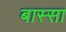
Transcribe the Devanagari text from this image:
बास्सा